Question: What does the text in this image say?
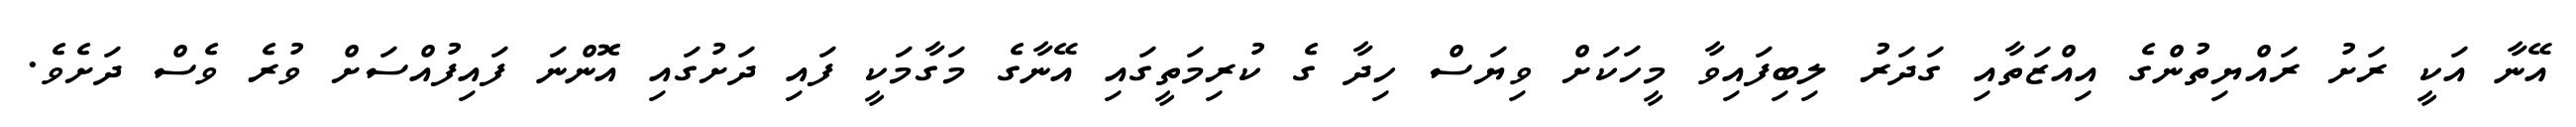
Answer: އޭނާ އަކީ ރަށު ރައްޔިތުންގެ އިއްޒަތާއި ގަދަރު ލިބިފައިވާ މީހަކަށް ވިޔަސް ހިދާ ގެ ކުރިމަތީގައި އޭނާގެ މަގާމަކީ ފައި ދަށުގައި އޮންނަ ފައިފުއްސަށް ވުރެ ވެސް ދަށެވެ.